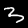
Label: 3